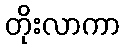
တိုးလာကာ